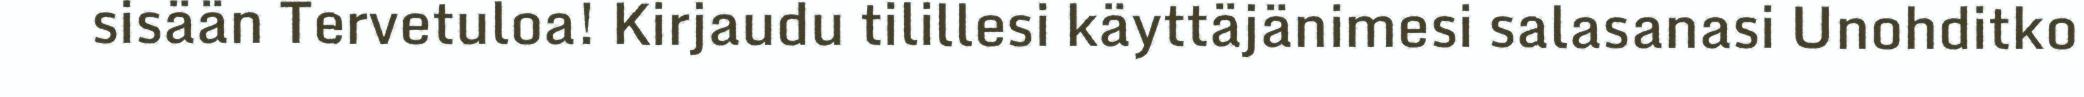
sisään Tervetuloa! Kirjaudu tilillesi käyttäjänimesi salasanasi Unohditko